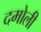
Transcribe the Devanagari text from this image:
दमोली